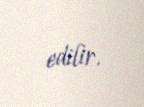
edilir.